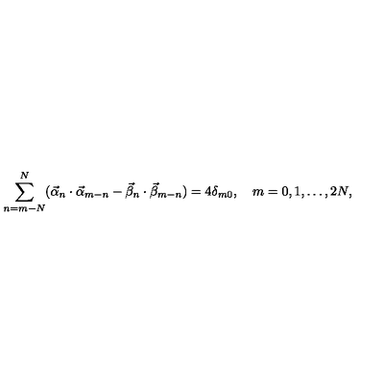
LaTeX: \sum _ { n = m - N } ^ { N } ( \vec { \alpha } _ { n } \cdot \vec { \alpha } _ { m - n } - \vec { \beta } _ { n } \cdot \vec { \beta } _ { m - n } ) = 4 \delta _ { m 0 } , \quad m = 0 , 1 , \dots , 2 N ,